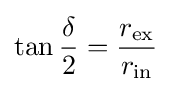
\tan {\frac {\delta }{2}}={\frac {r_{\mathrm {ex} }}{r_{\mathrm {in} }}}